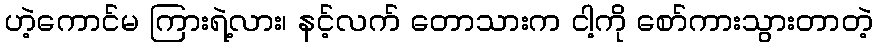
ဟဲ့ကောင်မ ကြားရဲ့လား၊ နင့်လက် တောသားက ငါ့ကို စော်ကားသွားတာတဲ့